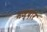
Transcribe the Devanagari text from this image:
मज़्दोर